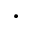
\bullet